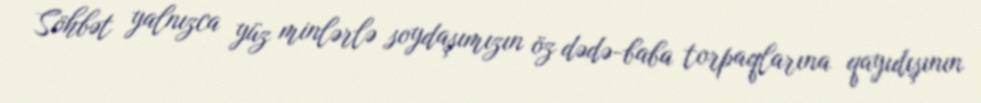
Söhbət yalnızca yüz minlərlə soydaşımızın öz dədə-baba torpaqlarına qayıdışının